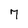
Character: 7